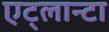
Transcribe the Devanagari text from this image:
एट्लान्टा